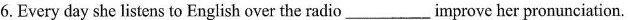
6.Every day she listens to English over the radio____improve her pronunciation.